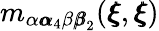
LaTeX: m_{\alpha{\pmb\alpha}_{4}\beta{\pmb\beta}_{2}}({\pmb\xi},{\pmb\xi})